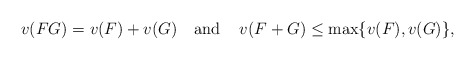
\begin{align*}v(FG)=v(F)+v(G) \,\,\,\, \mbox{ and } \,\,\,\,\, v(F+G)\leq \max\{v(F),v(G)\},\end{align*}